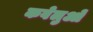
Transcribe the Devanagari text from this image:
कवेलुओं